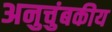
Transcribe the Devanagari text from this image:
अनुचुंबकीय